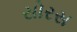
સોરસ